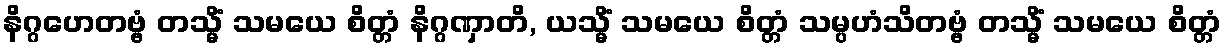
နိဂ္ဂဟေတဗ္ဗံ တသ္မိံ သမယေ စိတ္တံ နိဂ္ဂဏှာတိ, ယသ္မိံ သမယေ စိတ္တံ သမ္ပဟံသိတဗ္ဗံ တသ္မိံ သမယေ စိတ္တံ